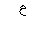
Letter: _ayn